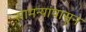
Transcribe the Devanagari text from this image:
सामन्यांपासून